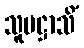
သူပဋ္ဌာသိံ